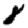
Digit: 8